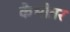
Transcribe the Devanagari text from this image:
केभीतर